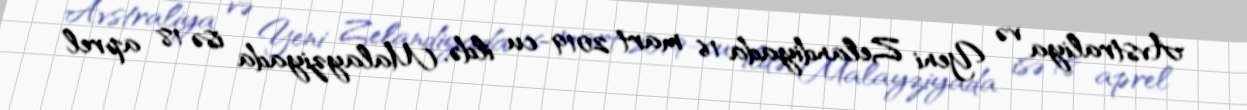
Avstraliya və Yeni Zelandiyada 16 mart 2019-cu ildə, Malayziyada isə 18 aprel